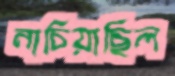
নাচিয়াছিল